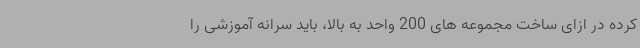
کرده در ازای ساخت مجموعه های 200 واحد به بالا، باید سرانه آموزشی را